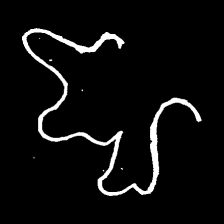
Pyu character \u2014 Myanmar letter: ဈ (romanized: jha)